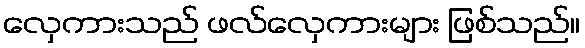
လှေကားသည် ဖလ်လှေကားများ ဖြစ်သည်။